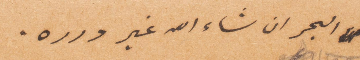
البحر ان شاء الله غير درره.